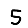
Digit: 5